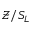
\mathcal { Z } / S _ { L }